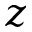
z